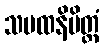
သမထနိမိတ္တံ